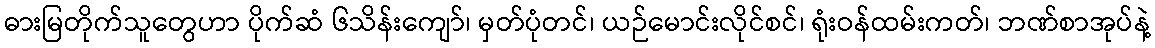
ဓားမြတိုက်သူတွေဟာ ပိုက်ဆံ ၆သိန်းကျော်၊ မှတ်ပုံတင်၊ ယဉ်မောင်းလိုင်စင်၊ ရုံးဝန်ထမ်းကတ်၊ ဘဏ်စာအုပ်နဲ့